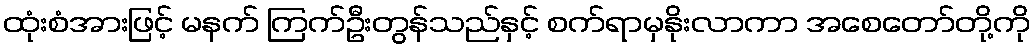
ထုံးစံအားဖြင့် မနက် ကြက်ဦးတွန်သည်နှင့် စက်ရာမှနိုးလာကာ အစေတော်တို့ကို